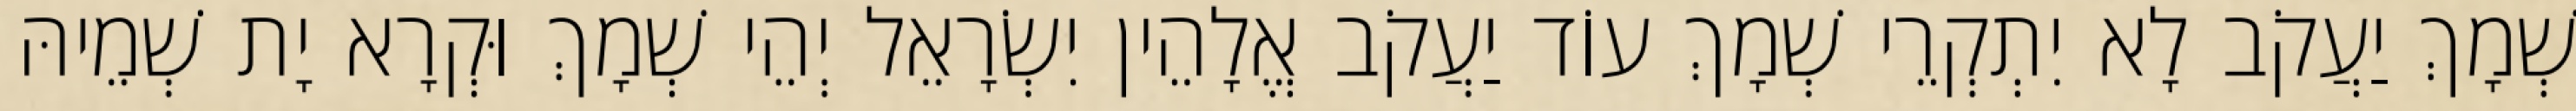
שְׁמָךְ יַעֲקֹב לָא יִתְקְרֵי שְׁמָךְ עוֹד יַעֲקֹב אֱלָהֵין יִשְׂרָאֵל יְהֵי שְׁמָךְ וּקְרָא יָת שְׁמֵיהּ